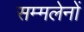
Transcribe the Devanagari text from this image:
सम्मलेनों